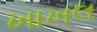
ખાખલ